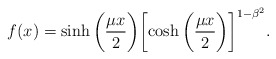
\begin{align*}f(x) =\sinh{\biggl(\frac{\mu x}{2}\biggr)}\biggl[\cosh{\biggl(\frac{\mu x}{2}\biggr)}\biggr]^{1 - \beta^2}.\end{align*}